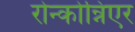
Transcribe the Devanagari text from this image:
रोन्कोन्निएर